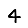
Digit: 4